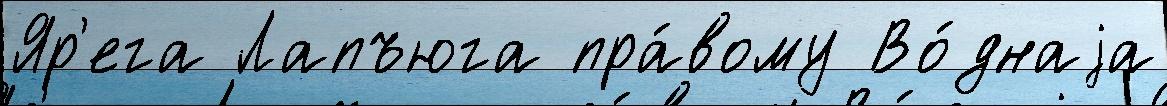
Яр'ега Лапъюга пра́вому Во́днаjа